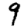
Digit: 9